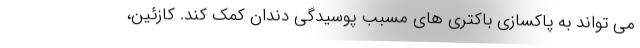
می تواند به پاکسازی باکتری های مسبب پوسیدگی دندان کمک کند. کازئین،